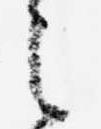
之